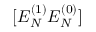
[ E _ { N } ^ { ( 1 ) } E _ { N } ^ { ( 0 ) } ]